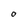
Character: O